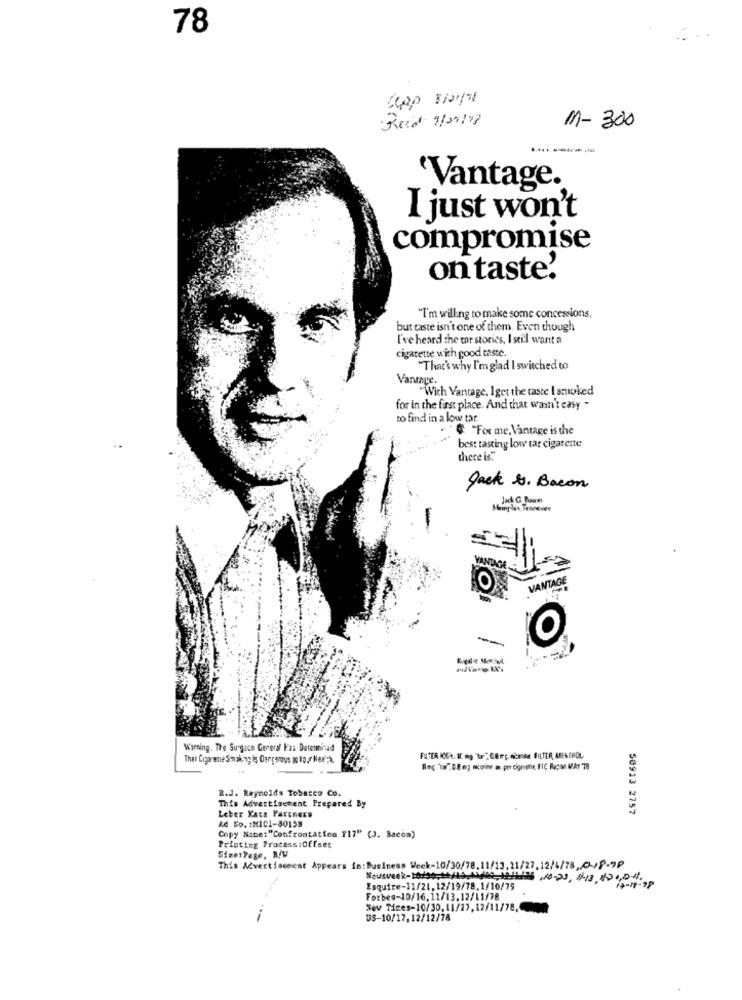
78
Reed 9/29/07
M- 300
'Vantage.
I just won't
compromise
ontaste'
"I'm willing to make some concessions,
but taste isn't one of them. Even though
I've heard the war stories, I still want a
cigarette with good taste.
"That's why I'm glad I switched to
Vantage.
With Vantage. Iget the caste I smoked
for in the first place. And that wasn't easy -
to find in a low tar
& "For me, Vantage is the
best tasting low tar cigarette
there is."
Jack &, Bacon
O
VANTAGE
O
Warning. The Surgeco Cereraf Faa Determinad
Bles "t"08 og nicorine a per cignene, FIC Racon May 78
R.J. Reynolds Tobacco Co.
This Advertischent Prepared By
50913 2757
Leber Kacz Partners
Ad No. : MIC1-80158
Copy Name:"Confrontation F17" (3. Bacon)
Printing Process:Offset
SizesPage, B/W
This Advertisement Appears in: Business Week-10/30/78. 11/13, 11/27, 12/4/78, 0-18-7P
17-18-98
Esquire-11/21, 12/19/78.1/10/79
Forbes-10/16,11/13.12/11/78
Sev Tees-10/30, 11/27, 12/11/78.
---
US-10/17,12/12/78